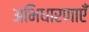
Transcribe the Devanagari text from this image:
अभिधारणाएँ